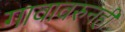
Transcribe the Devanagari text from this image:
गावावरुनही